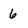
Character: 6